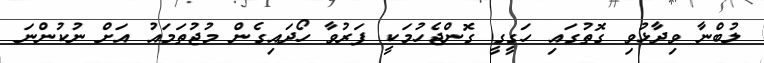
ލުބްނާ ވިދާޅުވި ގޮތުގައި ހަގީގީ ގޮންޖެހުމަކީ ފަރުވާ ހޯދައިގެން މުޖުތަމައު އަށް ނުކުންނަ